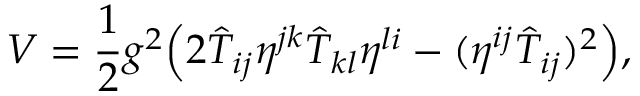
V = \frac { 1 } { 2 } g ^ { 2 } \Bigr ( 2 \hat { T } _ { i j } \eta ^ { j k } \hat { T } _ { k l } \eta ^ { l i } - ( \eta ^ { i j } \hat { T } _ { i j } ) ^ { 2 } \Bigr ) ,